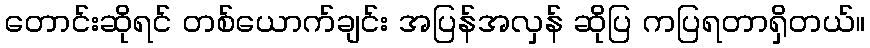
တောင်းဆိုရင် တစ်ယောက်ချင်း အပြန်အလှန် ဆိုပြ ကပြရတာရှိတယ်။